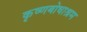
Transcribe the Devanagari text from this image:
कृष्णबोधाश्रम